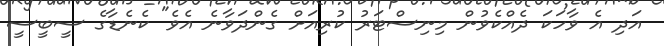
އަދި އެ ވާހަކަ ދެއްކެވުން މިނިސްޓަރު ކުރިއަށް ގެންދަވާނެ އެވެ" ކެނެޑާގެ ސީބީސީ